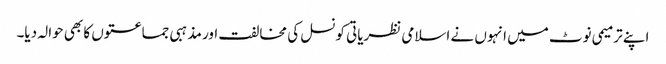
اپنے ترمیمی نوٹ میں انہوں نے اسلامی نظریاتی کونسل کی مخالفت اور مذہبی جماعتوں کا بھی حوالہ دیا۔